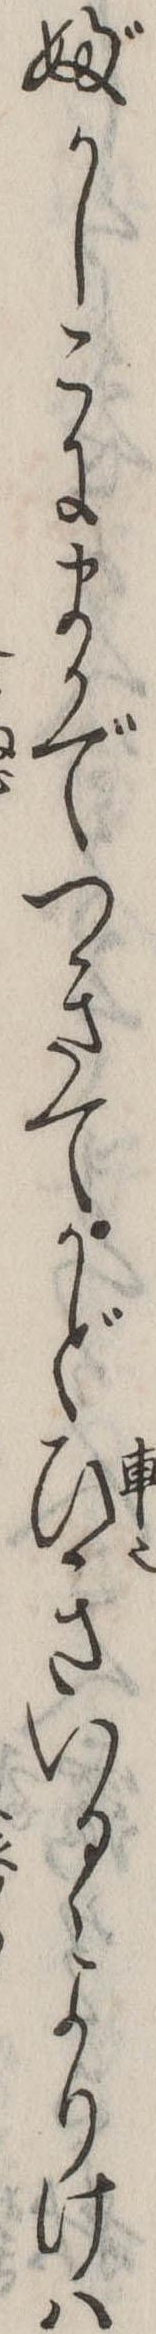
婦かしこにまかでつきてかどひきいるゝよりけは